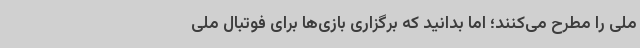
ملی را مطرح می‌کنند؛ اما بدانید که برگزاری بازی‌ها برای فوتبال ملی